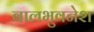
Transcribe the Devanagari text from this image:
बालभुवनेश